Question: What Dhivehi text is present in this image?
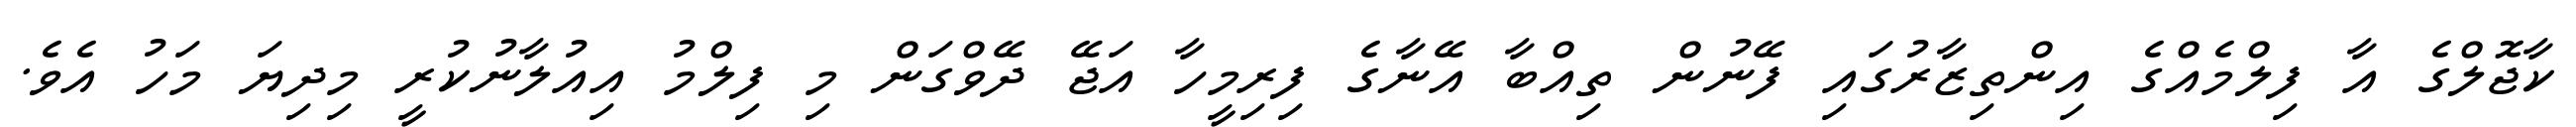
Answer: ކާޖޮލްގެ އާ ފިލްމެއްގެ އިންތިޒާރުގައި ފޭނުން ތިއްބާ އޭނާގެ ފިރިމީހާ އަޖޭ ދޭވްގަން މި ފިލްމު އިއުލާނުކުރީ މިދިޔަ މަހު އެވެ.